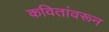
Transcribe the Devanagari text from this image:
कवितांवरून